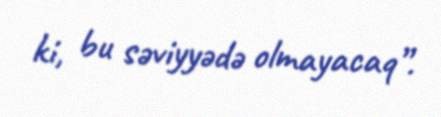
ki, bu səviyyədə olmayacaq”.